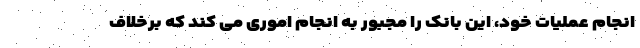
انجام عملیات خود، این بانک را مجبور به انجام اموری می کند که برخلاف